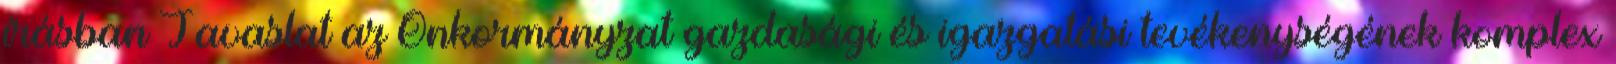
írásban Javaslat az Önkormányzat gazdasági és igazgatási tevékenységének komplex